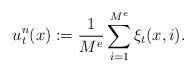
LaTeX: \begin{align*}u^n_t(x) := \frac{1}{M^e} \sum_{i=1}^{M^e} \xi_t(x,i).\end{align*}